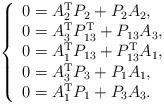
LaTeX: \begin{align*}\left \{\begin{array}[c]{l}0=A_{2}^{\mathrm{T}}P_{2}+P_{2}A_{2},\\0=A_{3}^{\mathrm{T}}P_{13}^{\mathrm{T}}+P_{13}A_{3},\\0=A_{1}^{\mathrm{T}}P_{13}+P_{13}^{\mathrm{T}}A_{1},\\0=A_{3}^{\mathrm{T}}P_{3}+P_{1}A_{1},\\0=A_{1}^{\mathrm{T}}P_{1}+P_{3}A_{3}.\end{array}\right. \end{align*}